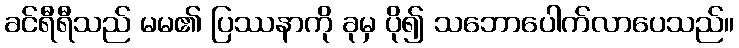
ခင်ရီရီသည် မမ၏ ပြဿနာကို ခုမှ ပို၍ သဘောပေါက်လာပေသည်။